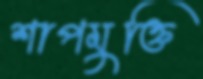
শাপমুক্তি